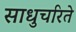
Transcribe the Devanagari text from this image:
साधुचरिते